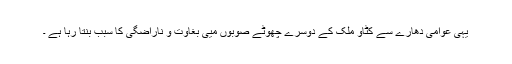
یہی عوامی دھارے سے کٹاو ملک کے دوسرے چھوٹے صوبوں میی بغاوت و ناراضگی کا سبب بنتا رہا ہے ۔